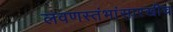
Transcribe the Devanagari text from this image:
लवणस्तंभांसारखीच